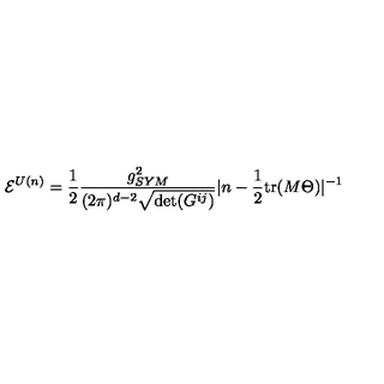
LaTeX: { \cal E } ^ { U ( n ) } = \frac { 1 } { 2 } \frac { g _ { S Y M } ^ { 2 } } { ( 2 \pi ) ^ { d - 2 } \sqrt { \det ( G ^ { i j } ) } } | n - \frac { 1 } { 2 } \mathrm { t r } ( M \Theta ) | ^ { - 1 } \,